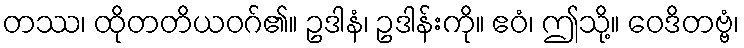
တဿ၊ ထိုတတိယဝဂ်၏။ ဥဒါနံ၊ ဥဒါန်းကို။ ဧဝံ၊ ဤသို့။ ဝေဒိတဗ္ဗံ၊